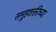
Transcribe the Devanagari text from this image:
समूहशक्तीच्या